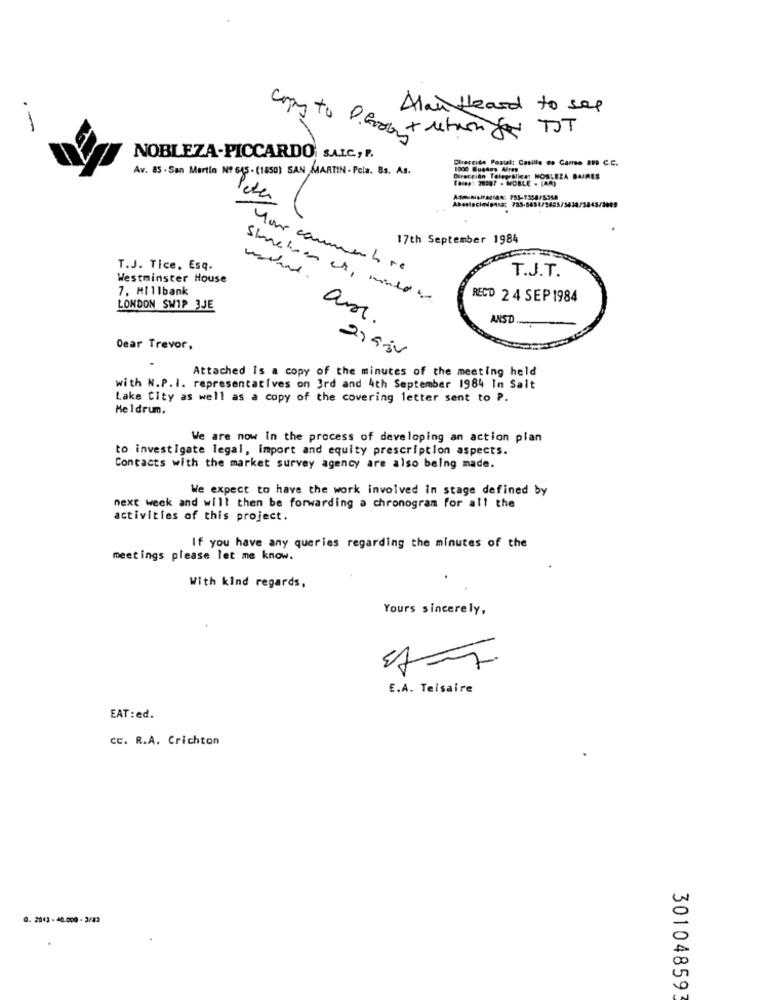
Alan fleand to sap
.-
copy to Perg + return for DOT
NOBLEZA-PICCARDO: SALC ., P.
Clercide Postal: Casilla co Cama SPI C.C.
Av. 85 - San Martin Nº 645 - (1850) SAN MARTIN - Pcla. Bs. As.
1000 Buenos Aires
Dirección TeleerNica: NOBLEZA BAIRES
Fases: 20207 . MOBLE . (AR)
Peter
17th September 1984
T.J. Tice, Esq.
Home comment re
T.J.T.
Westminster House
7. Millbank
Sinckoc ct, mindde
RECD 24 SEP 1984
LONDON SWIP 3JE
ANSD
am.
Dear Trevor,
Attached Is a copy of the minutes of the meeting held
with N.P. I. representatives on 3rd and 4th September 1984 In Salt
Lake City as well as a copy of the covering letter sent to P.
Meldrum.
We are now In the process of developing an action plan
to investigate legal, import and equity prescription aspects.
Contacts with the market survey agency are also being made.
We expect to have the work involved In stage defined by
next week and will then be forwarding a chronogram for all the
activities of this project.
If you have any queries regarding the minutes of the
meetings please let me know.
With kind regards,
Yours sincerely,
E.A. Teisaire
EAT : ed.
CC. R.A. Crichton
0. 2043 - 40.000 - 3/83
301048593